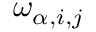
\omega _ { \alpha , i , j }